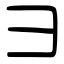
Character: ⺕